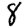
Digit: 8